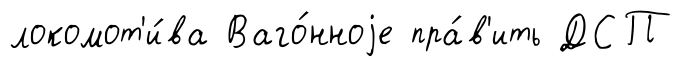
локомот'и́ва Ваго́нноjе пра́в'ить ДСП